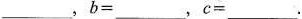
___$$，$$b = ___$$，$$c = ___$$。